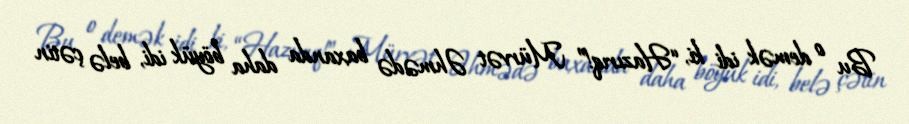
Bu o demək idi ki, “Hazırıq!” Mürvət Əhmədə baxanda daha böyük idi, belə çətin